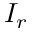
I _ { r }